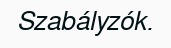
Szabályzók.